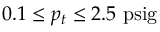
0 . 1 \leq p _ { t } \leq 2 . 5 ~ \mathrm { p s i g }